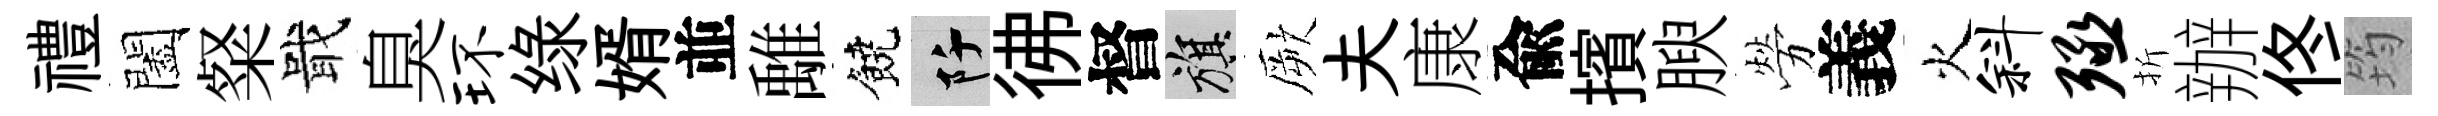
禮闔粲戢臭环绿婿並𩀌饒阡彿督旗厥夫康兪擯腴勞義火斜殛折辦佟筠